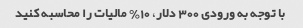
با توجه به ورودی 300 دلار، 10٪ مالیات را محاسبه کنید